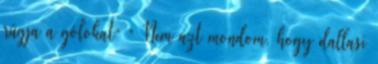
rúgja a gólokat” ” Nem azt mondom, hogy dallasi